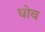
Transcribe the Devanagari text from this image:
घोव